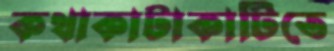
কথাকাটাকাটিতে